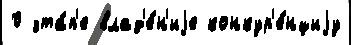
0 эта́п'е влад'е́н'иjе конкур'е́нциjу